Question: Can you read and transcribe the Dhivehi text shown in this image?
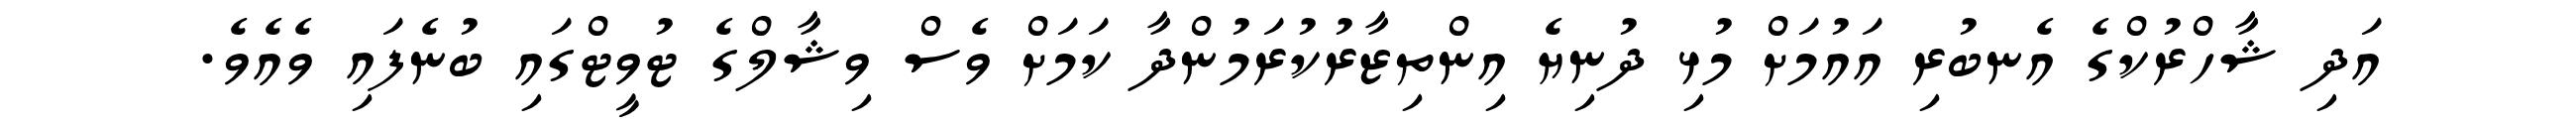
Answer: އަދި ޝާހްރުކްގެ އެނބުރި އައުމަށް މުޅި ދުނިޔެ އިންތިޒާރުކުރަމުންދާ ކަމަށް ވެސް ވިޝާލްގެ ޓުވީޓްގައި ބުނެފައި ވެއެވެ.